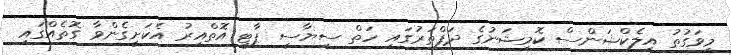
މިވަގުތު އިލެކްޝަންސް ކޮމިޝަނުގެ ދަފްތަރުގައި ހަތް ސިޔާސީ ޕާޓީ އޮތްއިރު އެކަށީގެންވާ ގޮތެއްގައި